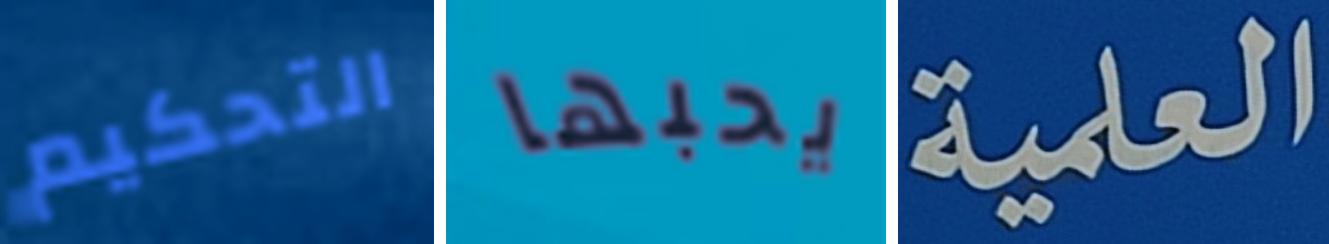
التحكيم يحبها العلمية